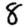
Digit: 8